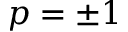
p = \pm 1